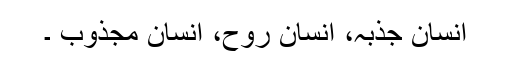
انسان جذبہ، انسان روح، انسان مجذوب ۔